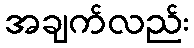
အချက်လည်း